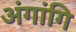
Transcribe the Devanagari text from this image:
अंगांगि